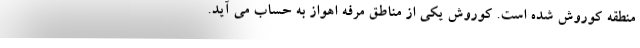
منطقه کوروش شده است. کوروش یکی از مناطق مرفه اهواز به حساب می آید.